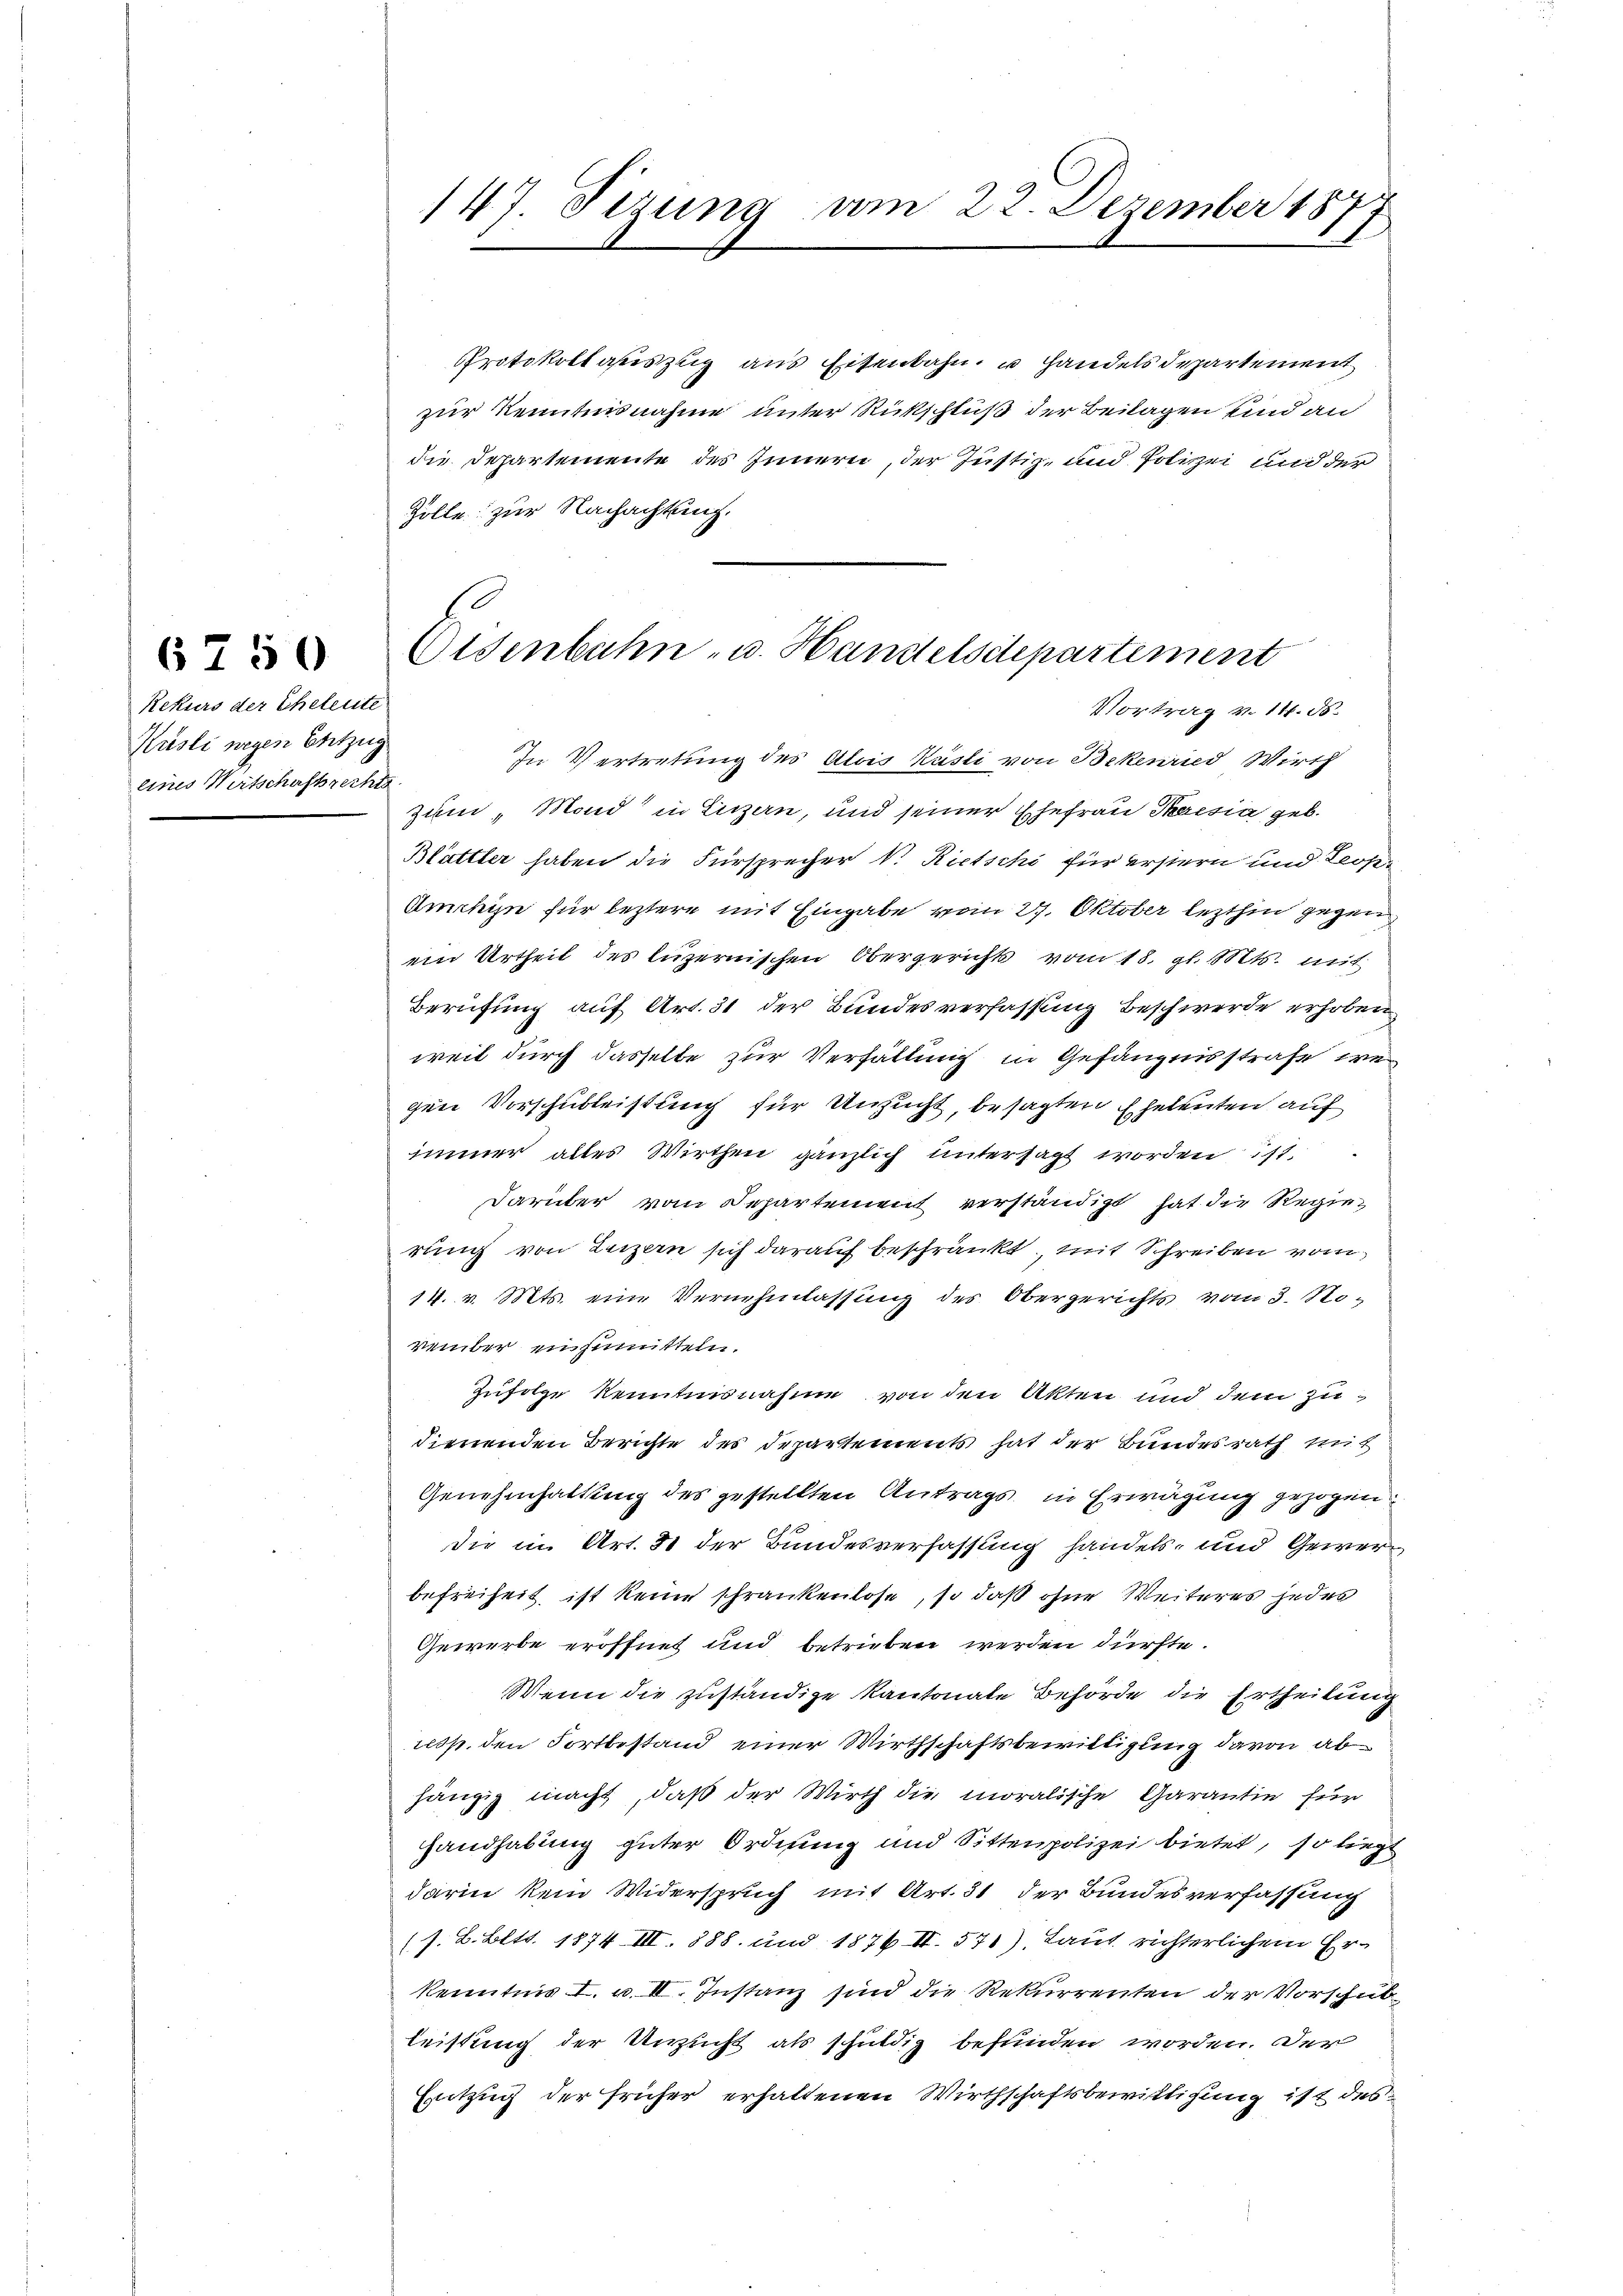
6750

Rekurs der Eheleute
Küsli wegen Entzug
eines Wirtschaftsrechts.

Protokollauszug aus Eisenbahn u Handels Departement
zur Kenntnisnahme unter Rickschluß der Beilagen und an
die Departemente des Innern, der Justiz- und Polizei und der
Zolle zur Nachachtung.
In Vertretung des Alois Käsli von Bekenried Wirth
zum, Mond in Luzern, und seiner Ehefrau Praesia geb.
Blättler haben die Fürsprecher V. Rietschi für erstern und Leop
Amchine für leztere mit Eingabe vom 27. Oktober lezthin gegen
ein Urtheil des luzernischen Obergerichts vom 18. gl. Mts. mit
Berufung auf Art. 31 der Bundesverfassung Beschwerde erhoben
weit durch dasselbe zur Verfällung in Gefängnisstrafe wegen Vorschubleistung für Unzucht, besagten Eheleuten auf
immer alles Wirthen gänzlich untersagt worden ist.
Darüber vom Separtement verständigt hat die Regierung von Luzern sich darauf beschränkt, mit Schreiben vom
14. v. Mts. eine Vernehmlassung des Obergerichts vom 3. No
vember einzumitteln.
Zufolge Kenntnisnahme von den Akten und dem zudienenden Berichte des Departements hat der Bundesrath mit
Genehmhaltung des gestellten Antrags in Erwägung gezogen.
die in Art. 31 der Bundesverfassung handels- und Gewerbefreiheit, ist keine schrankenlose, so daß ohne Weiteres jedes
Gewerbe eröffnet und betrieben werden dürfte.
Wenn die zuständige Kantonale Behörde die Ertheilung
resp. den Fortbestand einer Wirthschaftsbewilligung davon ab
hängig macht, daß der Wirth die moralische Garantie für
Handhabung guter Ordnung und Sittenpolizei bietet, so liegt
darin kein Widerspruch mit Art. 31 der Bundesverfassung
(s. B. Bett. 1874 III. 888. und 1876 II. 571), Laut richterlichem Erkenntnis I. u. II. Instanz sind die Rekurrenten der Vorschubleistung der Unzucht als schuldig befunden worden. Der
Entzug der früher erhaltenen Wirthschaftsbewilligung ist des

147. Sizung vom 22. Dezember 1877

Eisenbahn- u. Handelsdepartement
Vortrag v. 14. d.